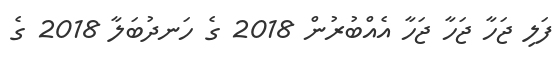
ފަލި ޖަހާ ޖަހާ ޖަހާ އެއްބުރުން 2018 ގެ ހަނދުބަލާ 2018 ގެ